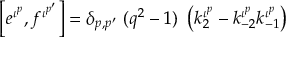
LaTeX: \left[ e ^ { \iota ^ { p } } , f ^ { \iota ^ { p ^ { \prime } } } \right] = \delta _ { p , { p ^ { \prime } } } ~ ( q ^ { 2 } - 1 ) ~ \left( k _ { 2 } ^ { \iota ^ { p } } - k _ { - 2 } ^ { \iota ^ { p } } k _ { - 1 } ^ { \iota ^ { p } } \right)